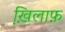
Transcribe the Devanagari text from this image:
ख़ि़लाफ़